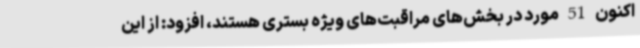
‌اکنون 51 مورد در بخش‌های مراقبت‌های ویژه بستری هستند، افزود: از این